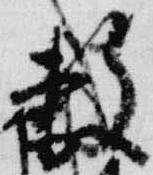
敷